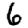
Digit: 6